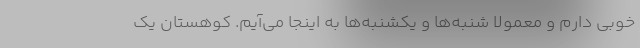
خوبی دارم و معمولا شنبه‌ها و یکشنبه‌ها به اینجا می‌آیم. کوهستان یک